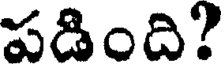
పడింది?